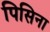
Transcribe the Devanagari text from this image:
पिसिना